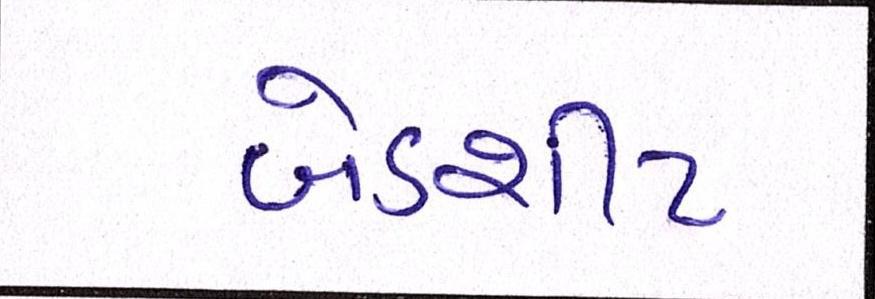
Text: બેડશીટ